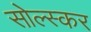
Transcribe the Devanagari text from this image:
सोल्स्कर